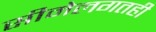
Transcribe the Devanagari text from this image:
सीमेलगतही